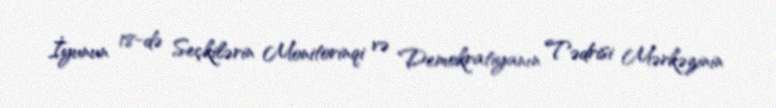
İyunun 18-də Seçkilərin Monitorinqi və Demokratiyanın Tədrisi Mərkəzinin